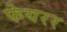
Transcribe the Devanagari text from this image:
फेयरर